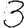
Digit: 3